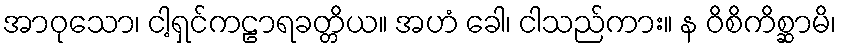
အာဝုသော၊ ငါ့ရှင်ကဠာရခတ္တိယ။ အဟံ ခေါ၊ ငါသည်ကား။ န ဝိစိကိစ္ဆာမိ၊